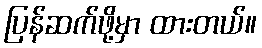
ပြန်ဆက်ဖို့မှာ ထားတယ်။